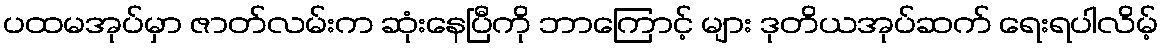
ပထမအုပ်မှာ ဇာတ်လမ်းက ဆုံးနေပြီကို ဘာကြောင့် များ ဒုတိယအုပ်ဆက် ရေးရပါလိမ့်